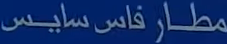
مطار فاس سايس